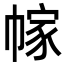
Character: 幏